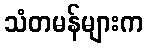
သံတမန်များက